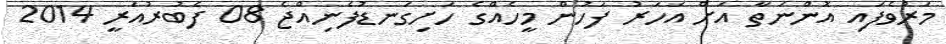
މަރުވެފައި އޮންނަތާ އަށް އަހަރު ފަހުން މީހެއްގެ ހަށިގަނޑުފެނިއްޖެ 08 ފެބުރުއަރީ 2014